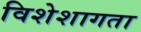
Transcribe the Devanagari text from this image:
विशेशागता